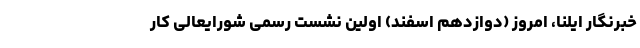
خبرنگار ایلنا، امروز (دوازدهم اسفند) اولین نشست رسمی شورایعالی کار